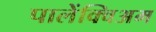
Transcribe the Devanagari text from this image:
पालेंक्विअम